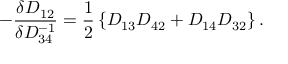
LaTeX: - \frac { \delta D _ { 1 2 } } { \delta D _ { 3 4 } ^ { - 1 } } = \frac { 1 } { 2 } \left\{ D _ { 1 3 } D _ { 4 2 } + D _ { 1 4 } D _ { 3 2 } \right\} .